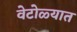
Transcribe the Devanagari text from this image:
वेटोळ्यात